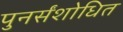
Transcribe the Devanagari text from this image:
पुनर्संशोधित